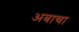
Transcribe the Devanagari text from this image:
अबाचा